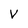
Character: v